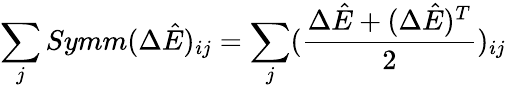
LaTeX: \sum_{j}Symm(\Delta\hat{E})_{ij}=\sum_{j}(\frac{\Delta\hat{E}+(\Delta\hat{E})^{T}}{2})_{ij}